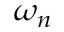
\omega _ { n }